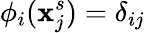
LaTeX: {\phi}_{i}(\mathbf{x}_{j}^{s})=\delta_{ij}